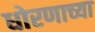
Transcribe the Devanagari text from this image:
धोरणाच्‍या